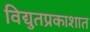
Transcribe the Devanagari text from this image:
विद्युतप्रकाशात